Annual report of the Bengal Veterinary College and of the Civil Veterinary Department, Bengal, for the year 1916-17 - 1916-1917
Year: 1916
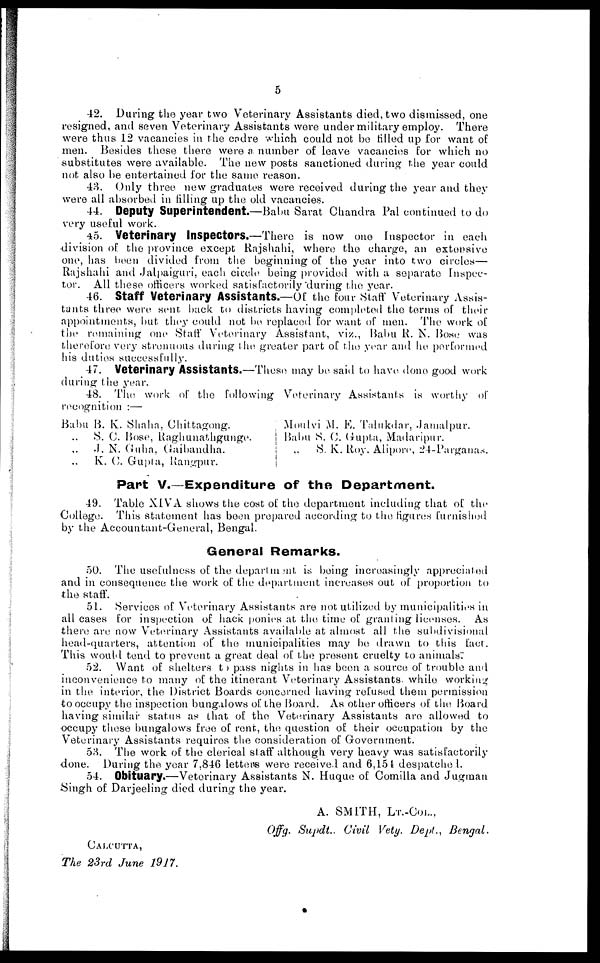
5
42. During the year two Veterinary Assistants died, two dismissed, one
resigned, and seven Veterinary Assistants were under military employ. There
were thus 12 vacancies in the cadre which could not be tilled up for want of
men. Besides these there were a number of leave vacancies for which no
substitutes were available. The new posts sanctioned during the year could
not also be entertained for the same reason.
43. Only three new graduates were received during the year and they
were all absorbed in filling up the old vacancies.
44. Deputy Superintendent.—Babu Sarat Chandra Pal continued to do
very useful work.
45. Veterinary Inspectors.—There is now one Inspector in each
division of the province except Rajshahi, where the charge, an extensive
one, has been divided from the beginning of the year into two circles—
Rajshahi and Jalpaiguri, each circle being provided with a separate Inspec-
tor. All these officers worked satisfactorily "during the year.
46. Staff Veterinary Assistants.—Of the four Staff Veterinary Assis-
tants three were sent back to districts having completed the terms of their
appointments, but they could not bo replaced for want of men. The work of
the remaining one Staff Veterinary Assistant, viz., Babu R. N. Bose was
therefore very strenuous during 1 he, greater part of the year and he performed
his duties successfully.
47. Veterinary Assistants.—These may be said to have done good work
during the year.
48. The work of the following Veterinary Assistants is worthy of
recognition :—
Babu B. K. Shaha, Chittagong.
„ S. C. Bose, Raghunathgunge.
„
J. N. Guha, Gaibandha.
„ K. C. Gupta, Rangpur.
Moulvi M. E. Talukdar, Jamalpur.
Babu S. C. Gupta, Madaripur.
S. K. Roy. Alipore, 24-Parganas.
Part V.—Expenditure of the Department.
49. Table XIVA shows the cost of the department including that of the
College. This statement has been prepared according to the figures furnished
by the Accountant-General, Bengal.
General Remarks.
50. The usefulness of the department is being increasingly appreciated
and in consequence the work of the department increases out of proportion to
the staff.
51. Services of Veterinary Assistants are not utilized by municipalities in
all cases for inspection of hack ponies at the time of granting licenses. As
there are now Veterinary Assistants available at almost all the subdivisional
head-quarters, attention of the municipalities may be drawn to this fact.
This would tend to prevent a great deal of the present cruelty to animals.
52. Want of shelters to pass nights in has been a source of trouble and
inconvenience to many of the itinerant Veterinary Assistants while working
in the interior, the District Boards concerned having refused them permission
to occupy the inspection bungalows of the Board. As other officers of the Board
having similar status as that of the Veterinary Assistants are allowed to
occupy these bungalows free of rent, the question of their occupation by the
Veterinary Assistants requires the consideration of Government.
53. The work of the clerical staff although very heavy was satisfactorily
done. During the year 7.846 letters were received and 6,154 despatched.
54. Obituary.—Veterinary Assistants N. Huque of Comilla and Jugman
Singh of Darjeeling died during the year.
A. SMITH, LT.-COL.,
Offg. Supdt.
Civil Vety. Dept.,
Bengal.
CALCUTTA,
The 23rd June 1917.